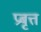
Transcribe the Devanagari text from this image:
प्रबृत्त